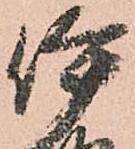
伊